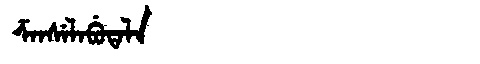
Manchu: ᡯᠠᠨᠰᡝᠯᠠᠪᡠᡨᠠᠯᠠ
Romanization: DZANSELABUTALA